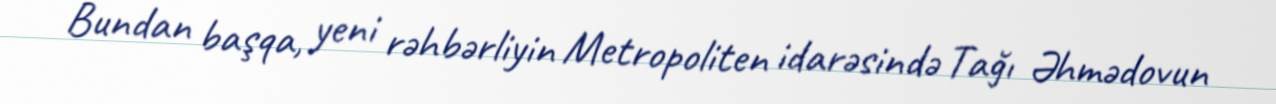
Bundan başqa, yeni rəhbərliyin Metropoliten idarəsində Tağı Əhmədovun